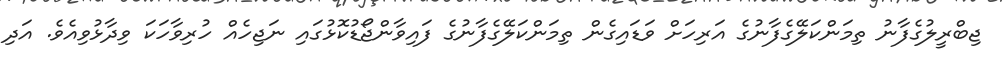
ޖިބްރީލުގެފާނު ތިމަންކަލޭގެފާނުގެ އަރިހަށް ވަޑައިގެން ތިމަންކަލޭގެފާނުގެ ފައިވާންޖޯޑުކޮޅުގައި ނަޖިހެއް ހުރިވާހަކަ ވިދާޅުވިއެވެ. އަދި